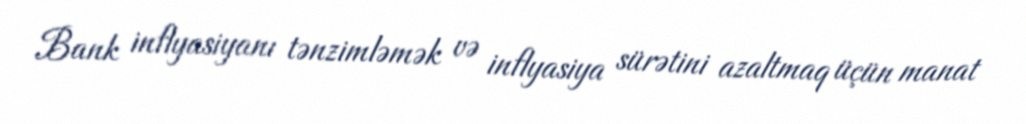
Bank inflyasiyanı tənzimləmək və inflyasiya sürətini azaltmaq üçün manat